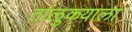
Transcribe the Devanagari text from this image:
तालुकयाला